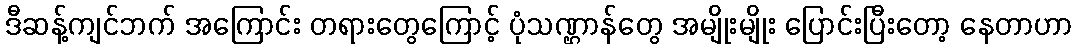
ဒီဆန့်ကျင်ဘက် အကြောင်း တရားတွေကြောင့် ပုံသဏ္ဌာန်တွေ အမျိုးမျိုး ပြောင်းပြီးတော့ နေတာဟာ